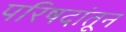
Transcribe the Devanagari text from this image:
परिषदांतून